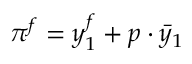
\pi ^ { f } = y _ { 1 } ^ { f } + p \cdot { \bar { y } } _ { 1 }